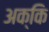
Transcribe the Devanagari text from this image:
अक्कि